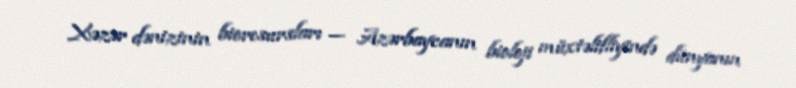
Xəzər dənizinin bioresursları — Azərbaycanın bioloji müxtəlifliyində dünyanın